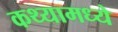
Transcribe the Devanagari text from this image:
कथ्यामध्ये